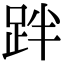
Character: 跘